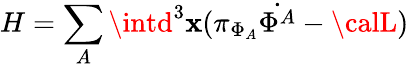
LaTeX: H=\sum_{A}\intd^{3}\mathbf{x}(\pi_{\Phi_{A}}\dot{{\Phi^{A}}}-{\calL})